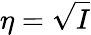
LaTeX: \eta=\sqrt{I}